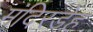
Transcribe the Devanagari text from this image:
मंदिरडेह